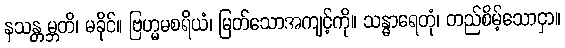
နသန္တမ္ဘတိ၊ မခိုင်။ ဗြဟ္မမစရိယံ၊ မြတ်သောအကျင့်ကို။ သန္ဓာရေတုံ၊ တည်စိမ့်သောငှာ။